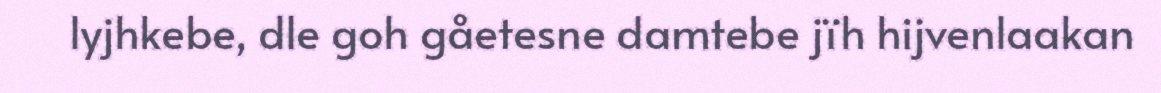
lyjhkebe, dle goh gåetesne damtebe jïh hijvenlaakan